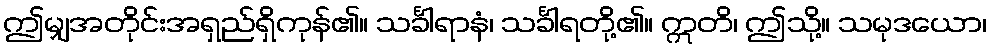
ဤမျှအတိုင်းအရှည်ရှိကုန်၏။ သင်္ခါရာနံ၊ သင်္ခါရတို့၏။ ဣတိ၊ ဤသို့။ သမုဒယော၊